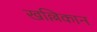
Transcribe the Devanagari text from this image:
खल्लिकान